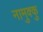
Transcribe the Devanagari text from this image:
नामुक्कु